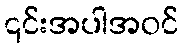
၎င်းအပါအဝင်